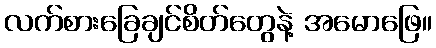
လက်စားခြေချင်စိတ်တွေနဲ့ အမောဖြေ။